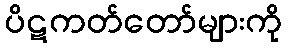
ပိဋကတ်တော်များကို